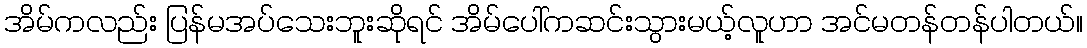
အိမ်ကလည်း ပြန်မအပ်သေးဘူးဆိုရင် အိမ်ပေါ်ကဆင်းသွားမယ့်လူဟာ အင်မတန်တန်ပါတယ်။